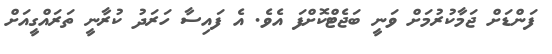
ފަންޑަށް ޖަމާކުރުމަށް ވަނީ ބަޖެޓްކޮށްފަ އެވެ. އެ ފައިސާ ހަރަދު ކުރާނީ ތަރައްގީއަށް